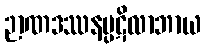
ဉာဏဒဿနပ္ပဋိလာဘာယ